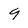
Character: 9